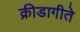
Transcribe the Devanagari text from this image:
क्रीडागीते